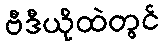
ဗီဒီယိုထဲတွင်